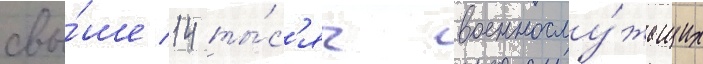
свы́ше 14 ты́с'яч военнослу́жащих